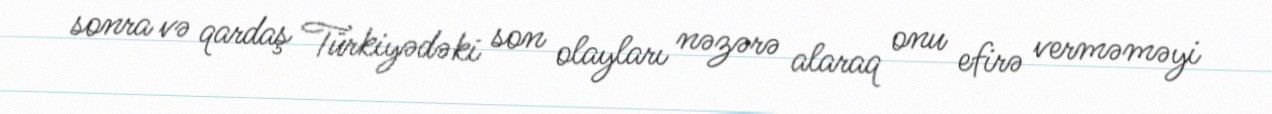
sonra və qardaş Türkiyədəki son olayları nəzərə alaraq onu efirə verməməyi